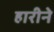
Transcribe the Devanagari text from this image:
हारीने